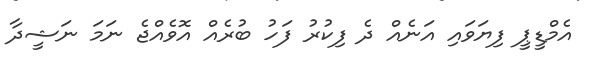
އެމްޑީޕީ ފިޔަވައި އަނެއް ދެ ފިކުރު ފަހު ބުރެއް އޮވެއްޖެ ނަމަ ނަޝީދާ